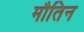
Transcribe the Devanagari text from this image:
मौतिन